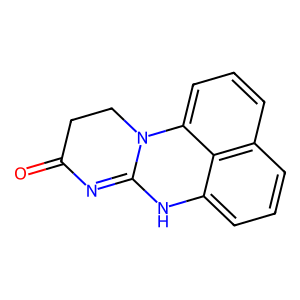
SMILES: O=C1CCN2C(=N1)Nc1cccc3cccc2c13
Inhibits HIV replication: No